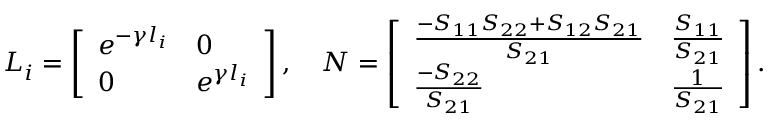
\boldsymbol { L } _ { i } = \left[ \begin{array} { l l } { e ^ { - \gamma l _ { i } } } & { 0 } \\ { 0 } & { e ^ { \gamma l _ { i } } } \end{array} \right] , \quad \boldsymbol { N } = \left[ \begin{array} { l l } { \frac { - S _ { 1 1 } S _ { 2 2 } + S _ { 1 2 } S _ { 2 1 } } { S _ { 2 1 } } } & { \frac { S _ { 1 1 } } { S _ { 2 1 } } } \\ { \frac { - S _ { 2 2 } } { S _ { 2 1 } } } & { \frac { 1 } { S _ { 2 1 } } } \end{array} \right] .